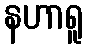
နဟာရူ